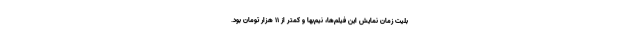
بلیت زمان نمایش این فیلم‌ها، نیم‌بها و کمتر از ۱۱ هزار تومان بود.